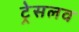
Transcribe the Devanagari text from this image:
ट्रेसलव